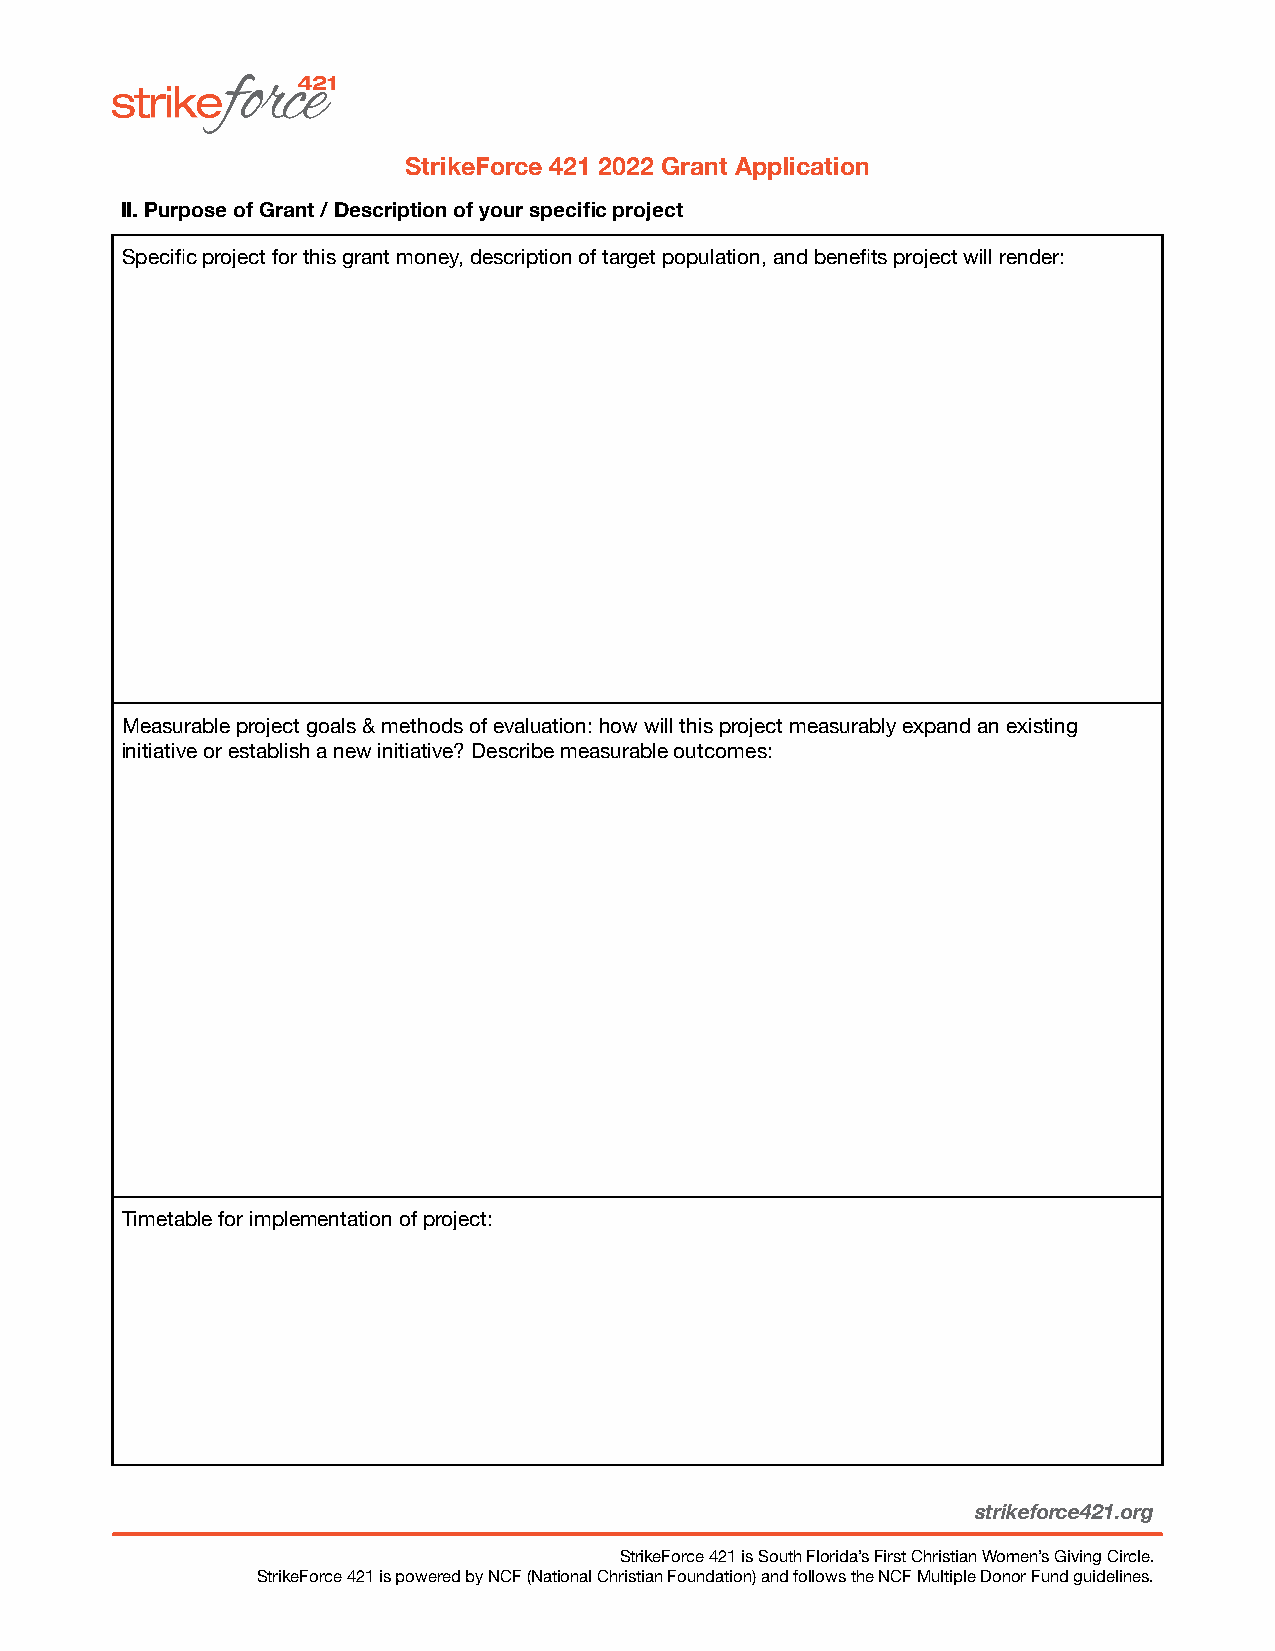
StrikeForce 421 2022 Grant Application
 II. Purpose of Grant / Description of your specific project
 Specific project for this grant money, description of target population, and benefits project will render:
 Measurable project goals & methods of evaluation: how will this project measurably expand an existing
 initiative or establish a new initiative? Describe measurable outcomes:
 Timetable for implementation of project:
 strikeforce421.org
 StrikeForce 421 is South Florida’s First Christian Women’s Giving Circle.
 StrikeForce 421 is powered by NCF (National Christian Foundation) and follows the NCF Multiple Donor Fund guidelines.